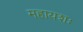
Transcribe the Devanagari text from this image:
महायशः